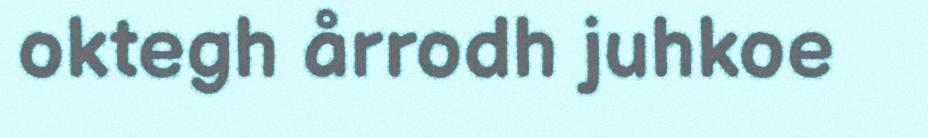
oktegh årrodh juhkoe